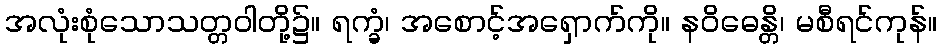
အလုံးစုံသောသတ္တဝါတို့၌။ ရက္ခံ၊ အစောင့်အရှောက်ကို။ နဝိဓေန္တိ၊ မစီရင်ကုန်။